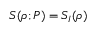
S ( \rho ; P ) = S _ { I } ( \rho )